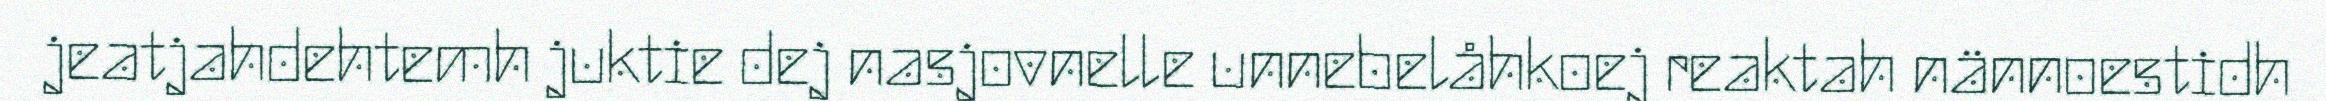
jeatjahdehtemh juktie dej nasjovnelle unnebelåhkoej reaktah nännoestidh